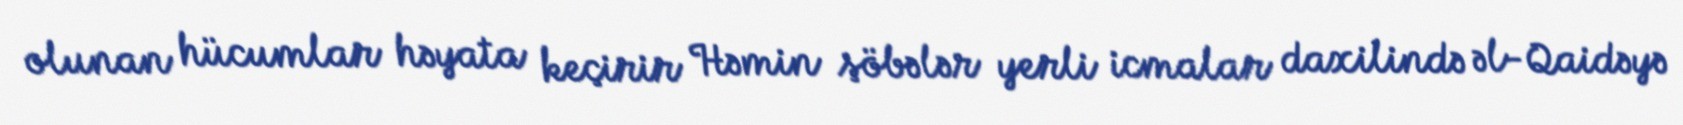
olunan hücumlar həyata keçirir Həmin şöbələr yerli icmalar daxilində əl-Qaidəyə